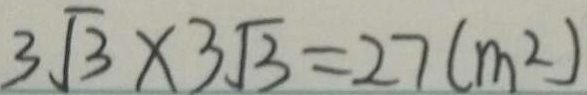
3 \sqrt { 3 } \times 3 \sqrt { 3 } = 2 7 ( m ^ { 2 } )